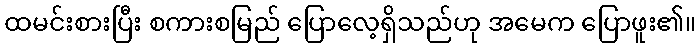
ထမင်းစားပြီး စကားစမြည် ပြောလေ့ရှိသည်ဟု အမေက ပြောဖူး၏။